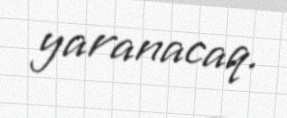
yaranacaq.